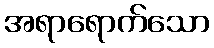
အရာရောက်သော